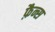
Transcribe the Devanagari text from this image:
फ़ैन्स